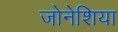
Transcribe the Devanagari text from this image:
जोनेशिया